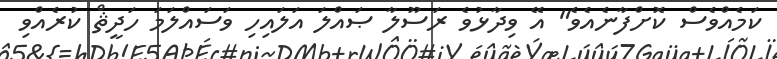
ކަމެއްވެސް ކޮށްފާނެއެވެ" އޭ ވިދާޅުވެ ރަސޫލާ ޞައްލަ އަލައިހި ވަސައްލަމަ ހަދީޘް ކުރެއްވި